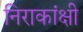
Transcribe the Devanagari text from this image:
निराकांक्षी